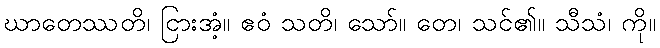
ဃာတေဿတိ၊ ငြားအံ့။ ဧဝံ သတိ၊ သော်။ တေ၊ သင်၏။ သီသံ၊ ကို။